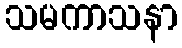
သမကာသနာ